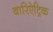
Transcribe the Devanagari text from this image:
बारिऐट्रिक